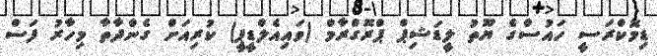
ޑިމޮކްރަސީ ހައުސްގެ ޔޫތު ލީޑަޝިޕް ޕްރޮގްރާމް (ވައިއެލްޑީޕީ) ކުރިއަށް ގެންދާތާ މިހާރު ފަސް